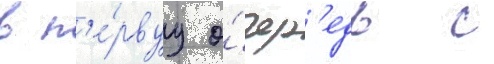
в п'е́рвуу о́чер'едь с